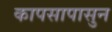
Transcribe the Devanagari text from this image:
कापसापासुन